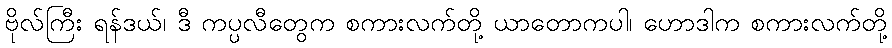
ဗိုလ်ကြီး ရန်ဒယ်၊ ဒီ ကပ္ပလီတွေက စကားလက်တို့ ယာတောကပါ၊ ဟောဒါက စကားလက်တို့